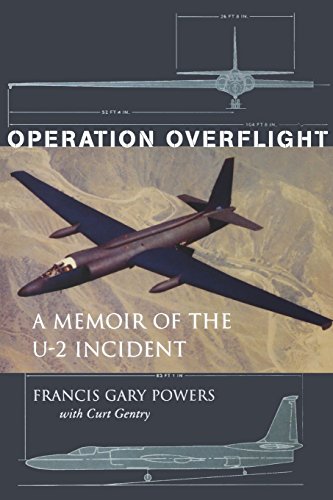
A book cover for Operation Overflight: A Memoir of the U-2 Incident; Francis Gary Powers Jr; Engineering & Transportation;